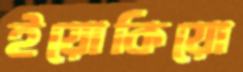
ইয়োকিয়ো